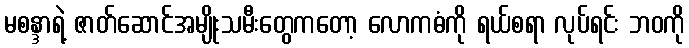
မစန္ဒာရဲ့ ဇာတ်ဆောင်အမျိုးသမီးတွေကတော့ လောကဓံကို ရယ်စရာ လုပ်ရင်း ဘဝကို